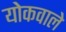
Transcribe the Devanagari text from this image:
योकवाले